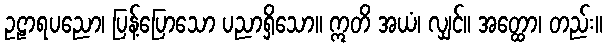
ဥဠာရပညော၊ ပြန့်ပြောသော ပညာရှိသော။ ဣတိ အယံ၊ လျှင်။ အတ္ထော၊ တည်း။